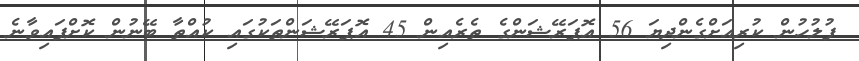
ފުލުހުން ކުރިއަށްގެންދިޔަ 56 އޮޕަރޭޝަންގެ ތެރެއިން 45 އޮޕަރޭޝަންތަކުގައި ކުއްތާ ބޭނުން ކޮށްފައިވާނެ